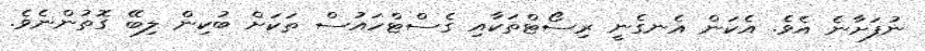
ނުފަށާނެ އެވެ. އެކަން އެނގެނީ ރިސޯޓްތަކާއި ގެސްޓްހައުސް ތަކަށް ބުކިން ލިބޭ ގޮތުންނެވެ.